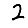
Digit: 2